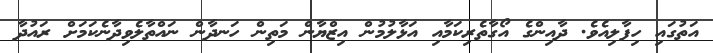
އަތުގައި ހިފާލިއެވެ. ދާއިންގެ އޯގާތެރިކަމާއި އަޅާލުމުން އިޒްޔާން މަތިން ހަނދާން ނައްތާލެވިދާނެކަމަށް ރައުދާ